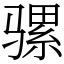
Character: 骡